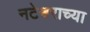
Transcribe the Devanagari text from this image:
नटेश्वराच्या